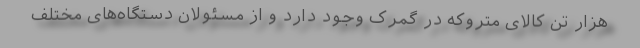
هزار تن کالای متروکه در گمرک وجود دارد و از مسئولان دستگاه‌های مختلف